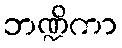
ဘဏ္ဍိကာ